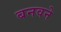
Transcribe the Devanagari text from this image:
बनवने